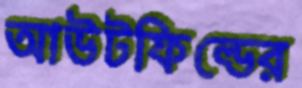
আউটফিল্ডের